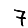
Digit: 7